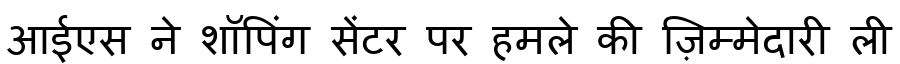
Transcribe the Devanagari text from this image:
आईएस ने शॉपिंग सेंटर पर हमले की ज़िम्मेदारी ली